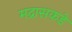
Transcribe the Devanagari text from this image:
मद्रासकडे